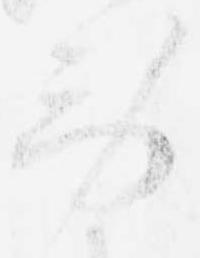
労